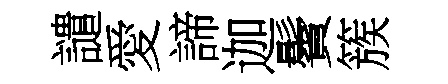
譴愛諦迦鬢簇